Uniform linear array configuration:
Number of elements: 24
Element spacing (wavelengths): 0.25
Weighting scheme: hann
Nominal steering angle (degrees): -15
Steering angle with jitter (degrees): -15.075
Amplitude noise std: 0.05
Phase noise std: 0.05

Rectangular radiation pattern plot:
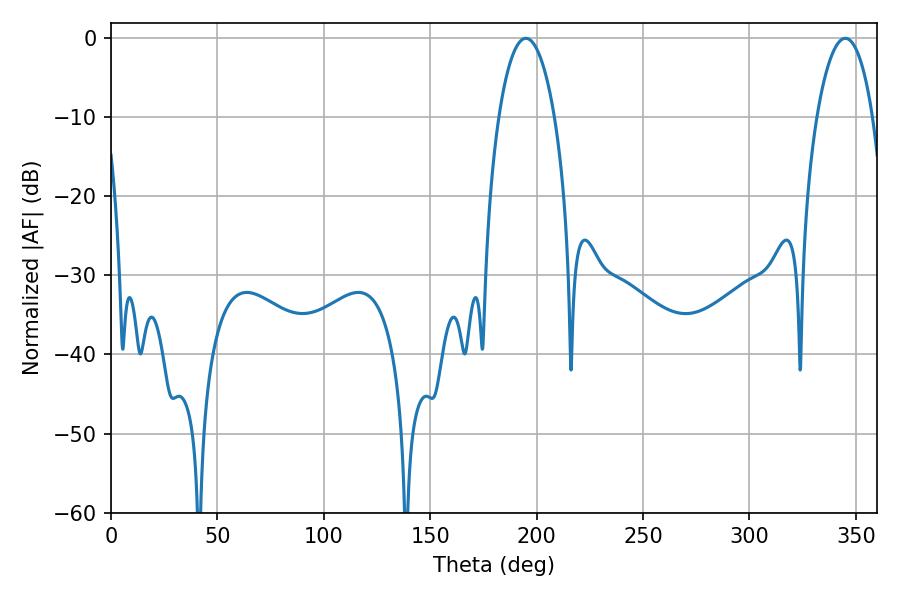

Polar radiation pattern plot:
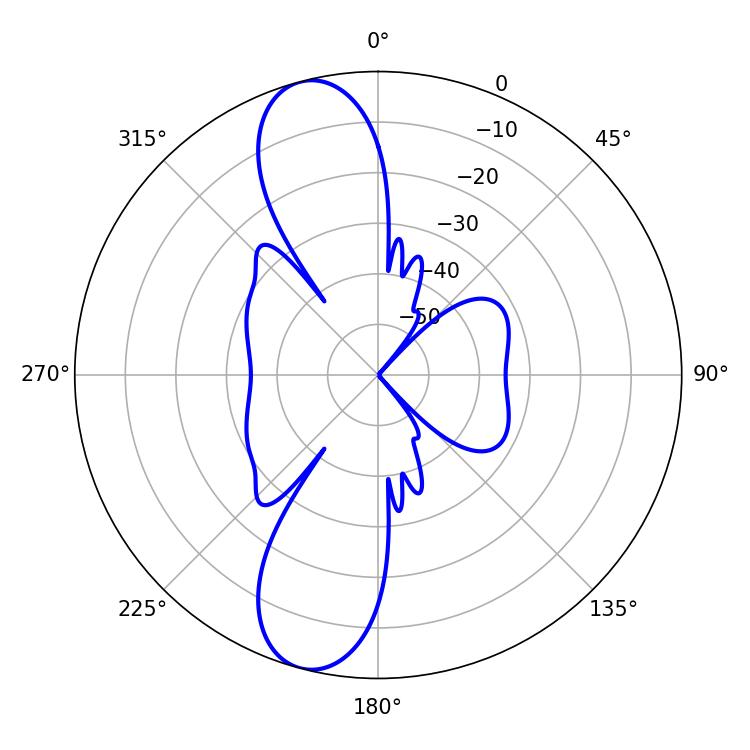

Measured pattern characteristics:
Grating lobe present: FALSE
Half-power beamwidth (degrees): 14.76
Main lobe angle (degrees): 194.94